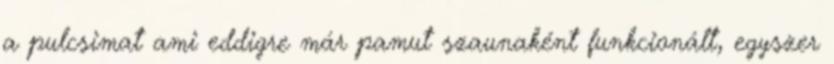
a pulcsimat ami eddigre már pamut szaunaként funkcionált, egyszer